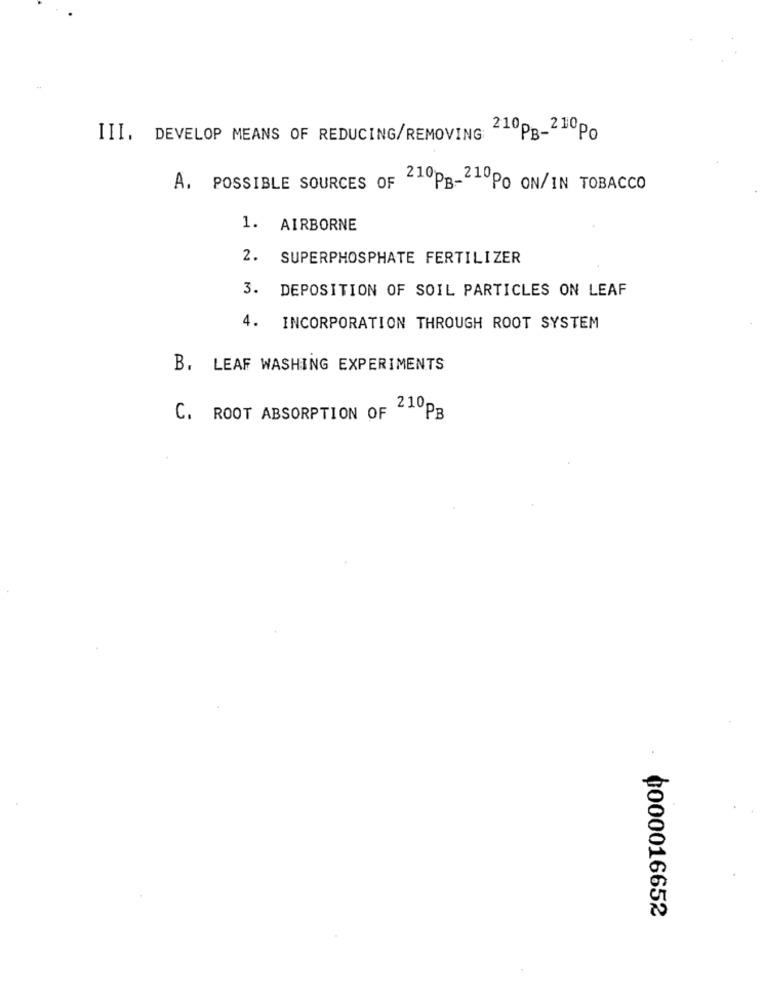
III. DEVELOP MEANS OF REDUCING/REMOVING 210PB-210Po
A. POSSIBLE SOURCES OF 210PB-210PO ON/IN TOBACCO
1. AIRBORNE
2. SUPERPHOSPHATE FERTILIZER
3. DEPOSITION OF SOIL PARTICLES ON LEAF
4.
INCORPORATION THROUGH ROOT SYSTEM
B. LEAF WASHING EXPERIMENTS
C. ROOT ABSORPTION OF
210PB
0000016652